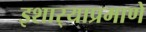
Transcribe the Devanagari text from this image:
इशार्‍याप्रमाणे